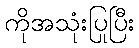
ကိုအသုံးပြုပြီး